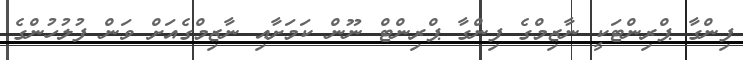
ފިންގާ ޕްރިންޓަކީ ނާޒިމްގެ ފިންގާ ޕްރިންޓް ނޫން ކަމަށާއި ނާޒިމްގެއަށް ވަން ފުލުހުންގެ